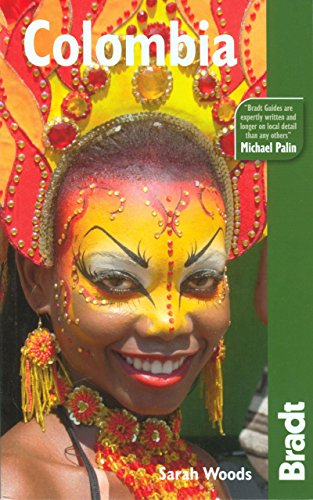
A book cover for Colombia (Bradt Travel Guide); Sarah Woods; Travel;